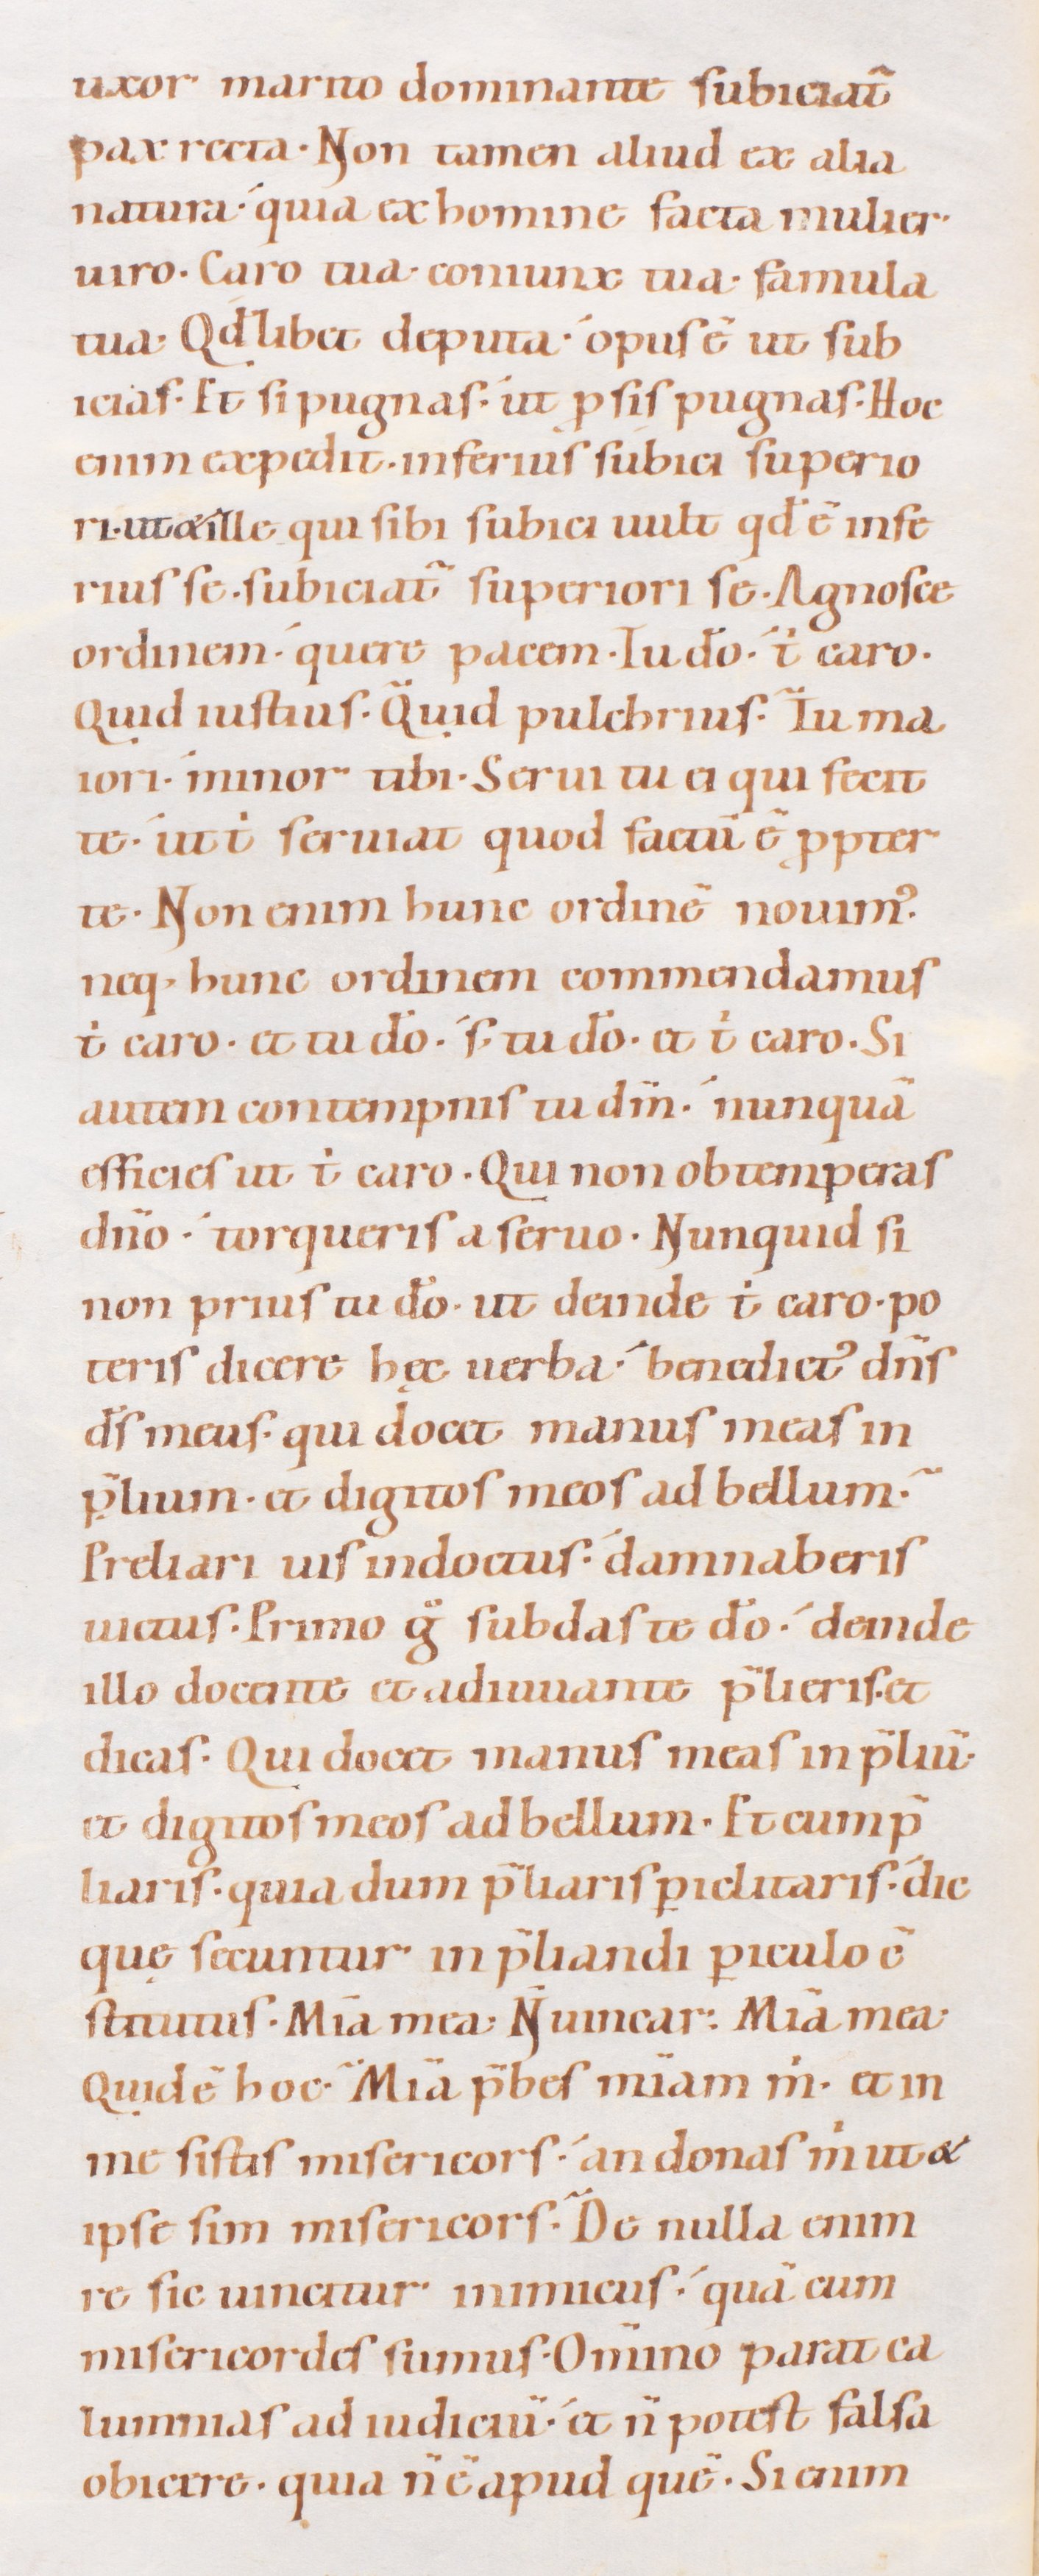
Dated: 1080–1096